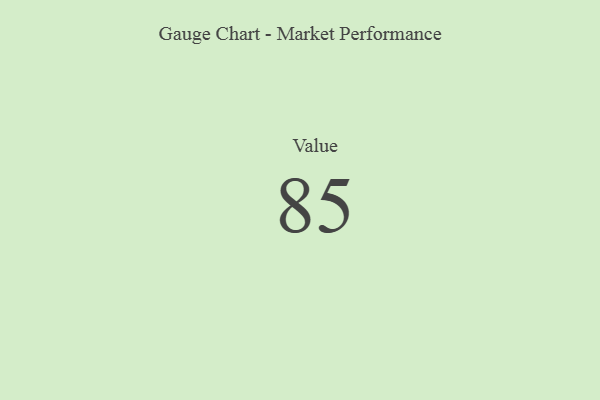
{"axis": {"x": "Metric", "y": "Value"}, "legend": [""], "data": [{"x": "Value", "y": 85, "type": ""}]}